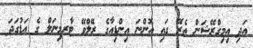
އަދި އިމިގްރޭޝަން ތެރޭ ގައި އޮންނަ އިންޑިއާގެ ރޭލްވޭ ޓާރމިނަލް ގެ އަޑުގަދަ